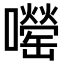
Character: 𫬨